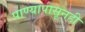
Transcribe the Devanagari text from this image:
पाण्यापासूनही